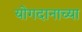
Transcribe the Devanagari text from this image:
योगदानाच्या